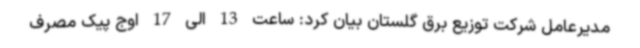
مدیرعامل شرکت توزیع برق گلستان بیان کرد: ساعت 13 الی 17 اوج پیک مصرف